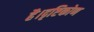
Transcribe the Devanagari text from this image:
है।दृष्टिकोण